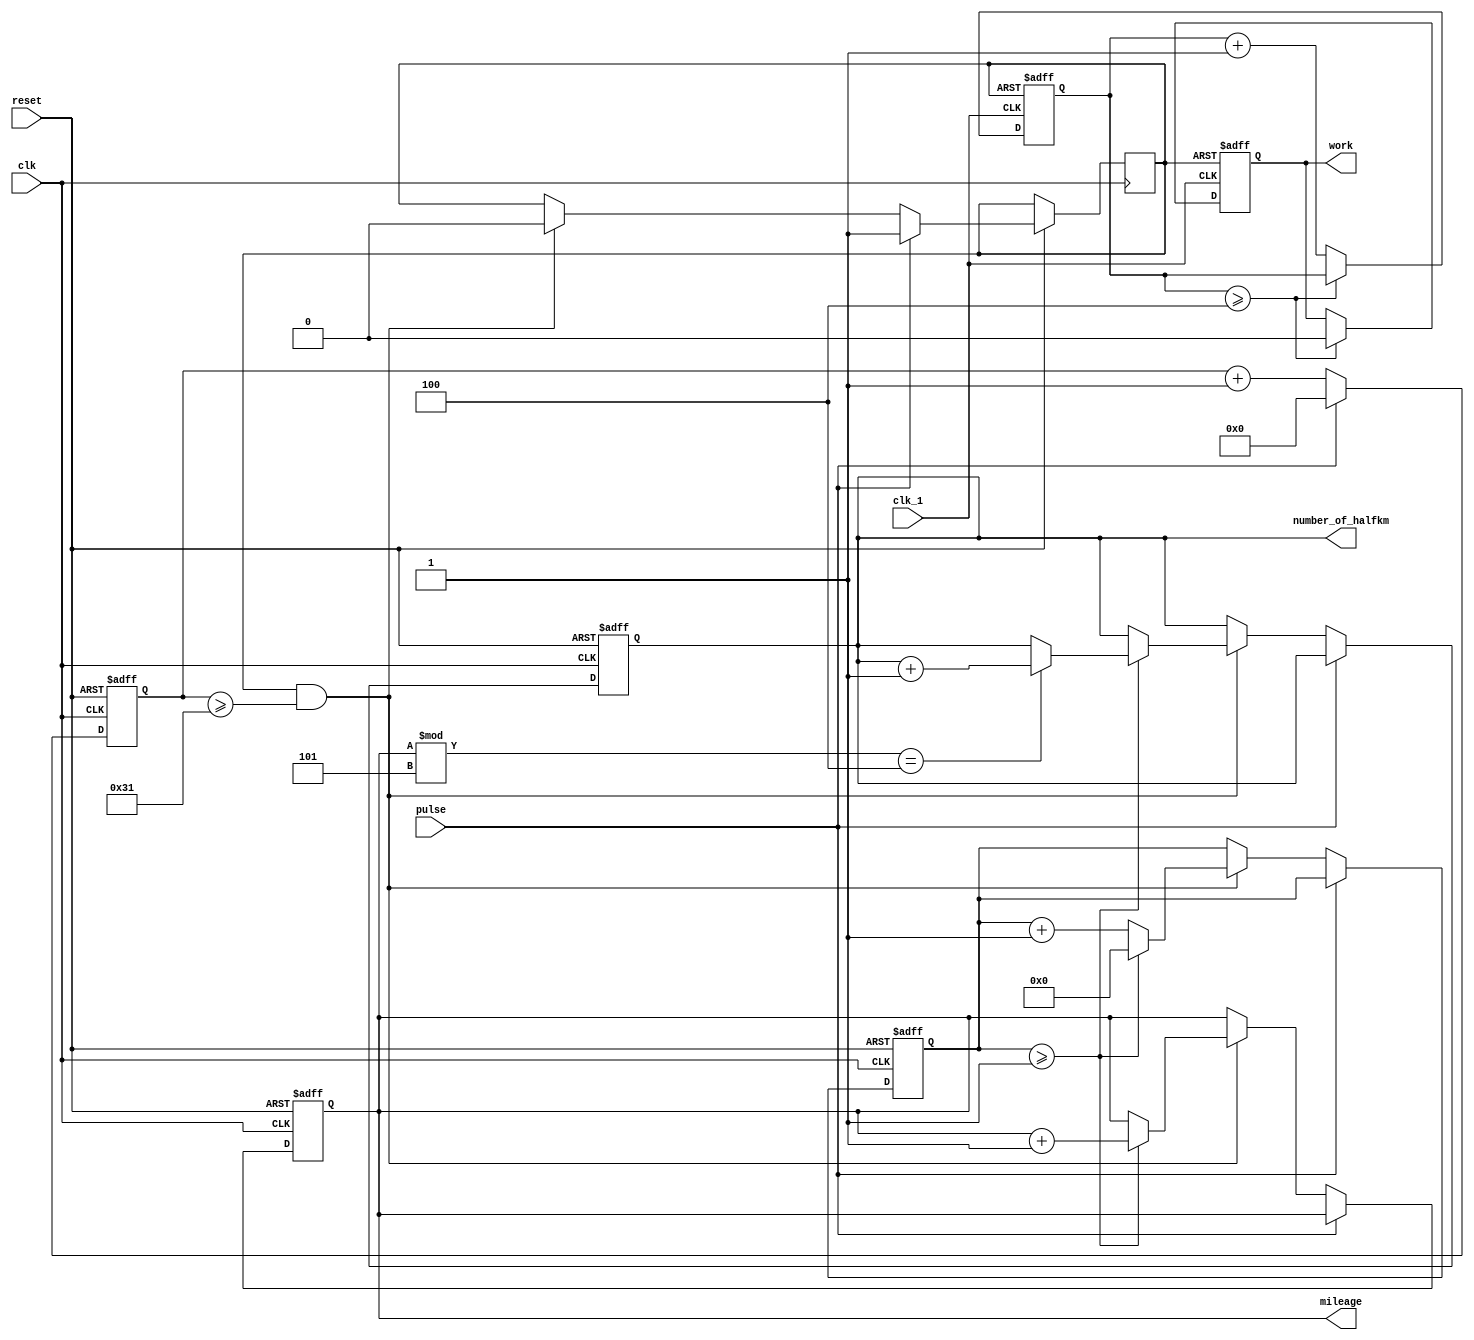
module round_counter_module (number_of_halfkm, reset, work, pulse, mileage, clk, clk_1);
input pulse, reset, clk, clk_1;
output work;
reg 	 work;
output [11:0] mileage, number_of_halfkm;
reg    [11:0] mileage, number_of_halfkm;
reg [7:0]  ib;
reg [11:0] sample;
reg flag;
always @ (posedge clk, negedge reset)
begin
	if(!reset)
	begin
		ib <= 0;
		mileage <= 0;
		sample <= 0;
		number_of_halfkm <= 0;
	end
	else
	begin
		if(pulse == 0)	
		begin
			sample <= sample +1;
			if (flag == 1 && sample >= 49) 
			begin				
				if (ib >= 1)
				begin
					mileage <= mileage +1;
					if(mileage % 5 == 4) 
						number_of_halfkm <= number_of_halfkm +1;
					ib <= 0;
				end
				else ib <= ib +1;
				flag <= 0; 
			end
		end
		else 
		begin
			sample <= 0;
			flag <= 1;     
		end
	end
end
reg [11:0] count;
always @ (posedge clk_1, negedge flag)  
begin
		if(flag == 0)
		begin
			work <= 1;
			count <= 0;
		end
		else
		begin
			if (count >= 4)	work <= 0;
			else	count <= count +1;
		end
end 
endmodule